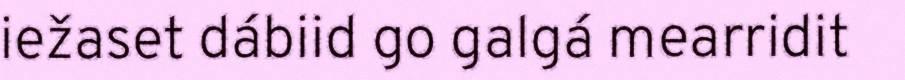
iežaset dábiid go galgá mearridit